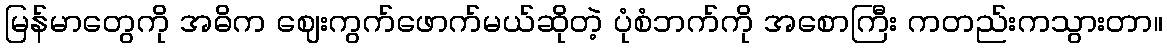
မြန်မာတွေကို အဓိက ဈေးကွက်ဖောက်မယ်ဆိုတဲ့ ပုံစံဘက်ကို အစောကြီး ကတည်းကသွားတာ။